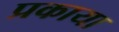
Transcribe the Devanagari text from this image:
प्रकाया